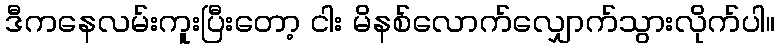
ဒီကနေလမ်းကူးပြီးတော့ ငါး မိနစ်လောက်လျှောက်သွားလိုက်ပါ။